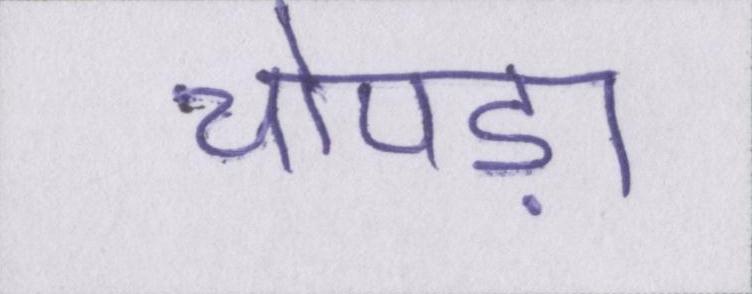
चोपड़ा